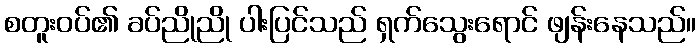
စတူးဝပ်၏ ခပ်ညိုညို ပါးပြင်သည် ရှက်သွေးရောင် ဖျန်းနေသည်။